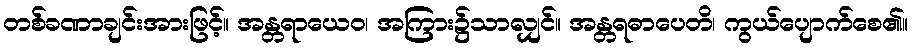
တစ်ခဏာချင်းအားဖြင့်။ အန္တရာယေဝ၊ အကြား၌သာလျှင်။ အန္တရဓာပေတိ၊ ကွယ်ပျောက်စေ၏။